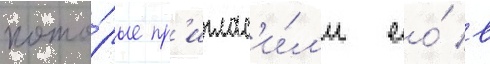
кото́рые пр'иглас'и́л'и ео́ в